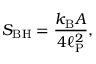
S _ { \mathrm { B H } } = { \frac { k _ { \mathrm { B } } A } { 4 \ell _ { \mathrm { P } } ^ { 2 } } } ,